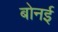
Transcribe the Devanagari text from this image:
बोनई